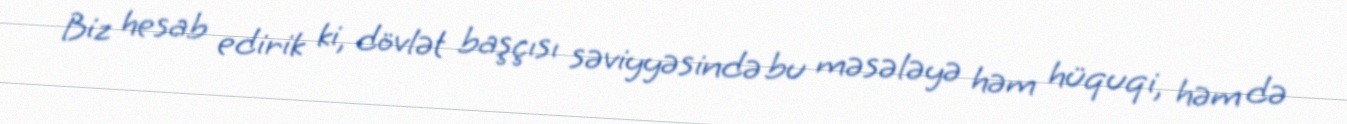
Biz hesab edirik ki, dövlət başçısı səviyyəsində bu məsələyə həm hüquqi, həm də